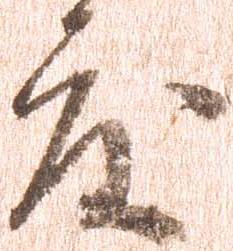
度